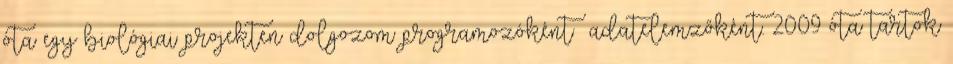
óta egy biológiai projekten dolgozom programozóként adatelemzőként. 2009 óta tartok